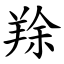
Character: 䍱